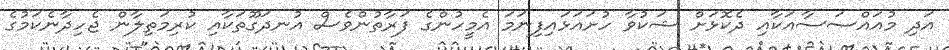
އަދި މުއައްސަސާއަކާއި ދެކޮޅަށް ޝަކުވާ ހުށައަޅައިފިނަމަ އެމީހުންގެ ފަރާތުންވެސް އުނދަގޫތަކާއި ކުރިމަތިލާން ޖެހިދާނެކަމުގެ